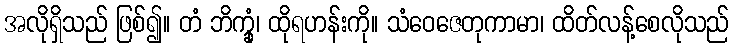
အလိုရှိသည် ဖြစ်၍။ တံ ဘိက္ခုံ၊ ထိုရဟန်းကို။ သံဝေဇေတုကာမာ၊ ထိတ်လန့်စေလိုသည်